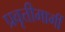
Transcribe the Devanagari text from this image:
प्रवृत्तीमार्गी